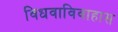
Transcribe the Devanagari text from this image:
विधवाविवाहास